Report on vaccination North-West Frontier Province 1904-1922 - 1904-1922
Year: 1904
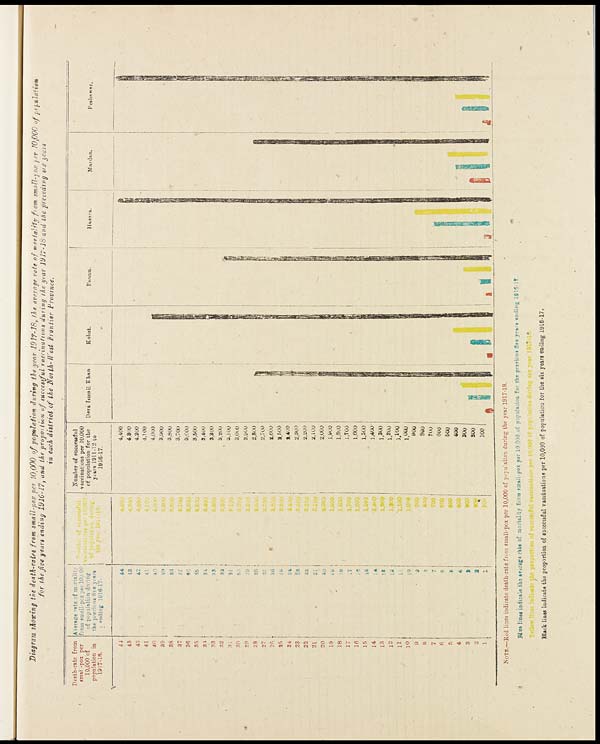
Diagram showing the death-rates from small-pox per 10,000 of population during the year 1917-18, the average rate of mortality from mall-pox per 10,000 of population.
for the five years ending 1916-17, and the proportion of successful vaccinations during the year 1917-18 and the preceding six years
in each district of the North-West frontier
Province.